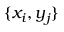
\{ x _ { i } , y _ { j } \}